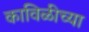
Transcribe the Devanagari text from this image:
काविळीच्या